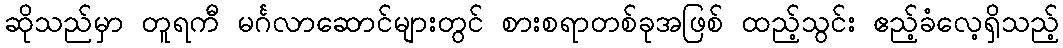
ဆိုသည်မှာ တူရကီ မင်္ဂလာဆောင်များတွင် စားစရာတစ်ခုအဖြစ် ထည့်သွင်း ဧည့်ခံလေ့ရှိသည့်